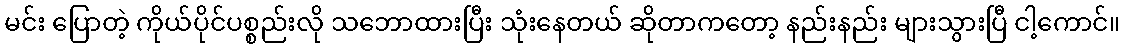
မင်း ပြောတဲ့ ကိုယ်ပိုင်ပစ္စည်းလို သဘောထားပြီး သုံးနေတယ် ဆိုတာကတော့ နည်းနည်း များသွားပြီ ငါ့ကောင်။